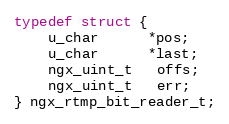
Language: C
typedef struct {
    u_char      *pos;
    u_char      *last;
    ngx_uint_t   offs;
    ngx_uint_t   err;
} ngx_rtmp_bit_reader_t;